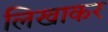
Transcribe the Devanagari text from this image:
लिखाकर